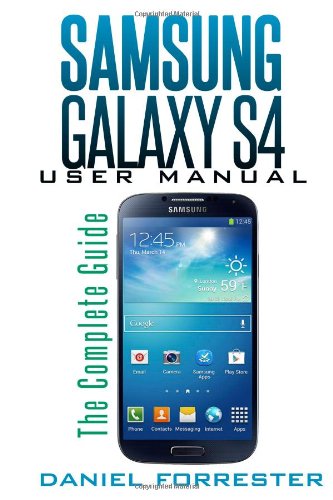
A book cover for Samsung Galaxy S4 Manual: The Complete Galaxy S4 Guide to Conquer Your Device; Daniel Forrester; Computers & Technology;